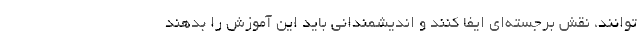
توانند، نقش برجسته‌ای ایفا کنند و اندیشمندانی باید این آموزش را بدهند